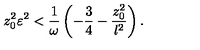
z _ { 0 } ^ { 2 } \varepsilon ^ { 2 } < { \frac { 1 } { \omega } } \left( - { \frac { 3 } { 4 } } - { \frac { z _ { 0 } ^ { 2 } } { l ^ { 2 } } } \right) .